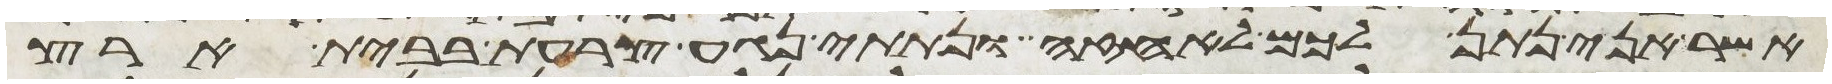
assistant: אשר אני נתן לכם לאחזה ונתתי נגע צרעת בבית ארץ